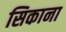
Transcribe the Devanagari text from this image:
सिकाना